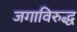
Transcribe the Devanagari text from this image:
जगाविरुद्ध